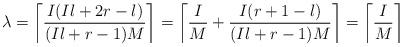
LaTeX: \begin{align*}\lambda = \left\lceil\frac{I(Il+2r-l)}{(Il+r-1)M}\right\rceil=\left\lceil\frac{I}{M}+\frac{I(r+1-l)}{(Il+r-1)M}\right\rceil=\left\lceil\frac{I}{M}\right\rceil\end{align*}